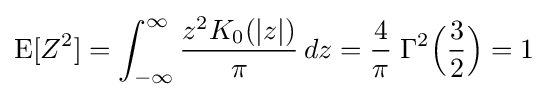
\operatorname {E} [Z^{2}]=\int _{-\infty }^{\infty }{\frac {z^{2}K_{0}(|z|)}{\pi }}\,dz={\frac {4}{\pi }}\;\Gamma ^{2}{\Big (}{\frac {3}{2}}{\Big )}=1